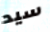
سيد